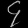
Digit: ၄